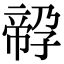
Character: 𡦔